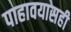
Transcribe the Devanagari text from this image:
पाहावयासही